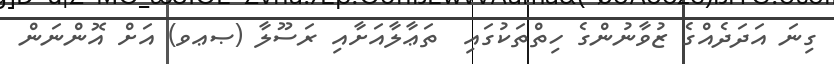
ގިނަ އަދަދެއްގެ ޒުވާނުންގެ ހިތްތަކުގައި  ތަޢާލާއަށާއި ރަސޫލާ (ޞޢވ) އަށް އޮންނަން